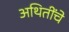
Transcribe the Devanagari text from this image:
अथितींचे